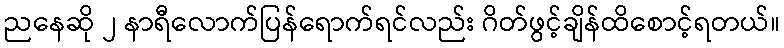
ညနေဆို ၂ နာရီလောက်ပြန်ရောက်ရင်လည်း ဂိတ်ဖွင့်ချိန်ထိစောင့်ရတယ်။